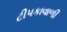
ટીપકાવાળી